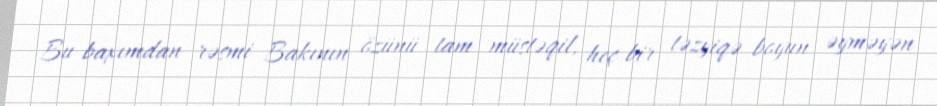
Bu baxımdan rəsmi Bakının özünü tam müstəqil, heç bir təzyiqə boyun əyməyən